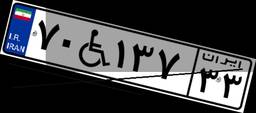
۳۶W۲۴۳۴۶